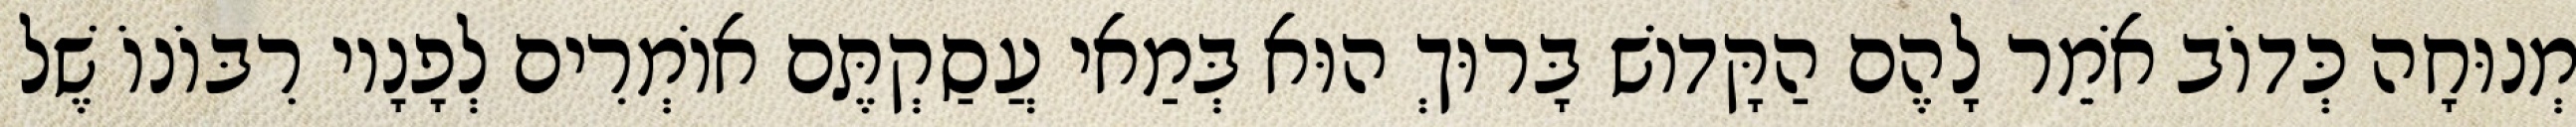
מְנוּחָה כְּדוֹב אֹמֵר לָהֶם הַקָּדוֹשׁ בָּרוּךְ הוּא בְּמַאי עֲסַקְתֶּם אוֹמְרִים לְפָנָיו רִבּוֹנוֹ שֶׁל